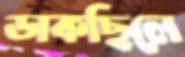
ডাকছিলে